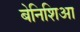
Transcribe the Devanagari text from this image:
बेनिशिआ